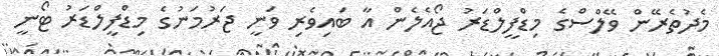
މެދުތެރޭން ވޭލްސްގެ މިޑްފީލްޑަރު ޖޯއެލެން އާ ބައިވެރި ވަނީ ޖަރުމަނުގެ މިޑްފީލްޑަރު ޓޯނީ